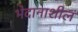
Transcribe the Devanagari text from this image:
भेदानाशील